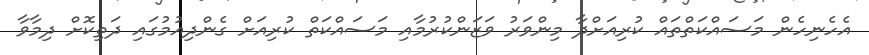
އެހެނިހެން މަސައްކަތްތައް ކުރިއަށްދާ މިންވަރު ވަޒަންކުރުމާއި މަސައްކަތް ކުރިއަށް ގެންދިއުމުގައި ދަތިކޮށް ދިމާވާ